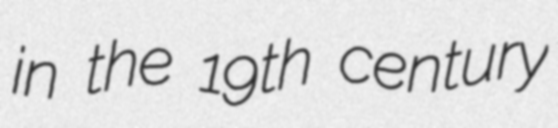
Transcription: in the 19th century